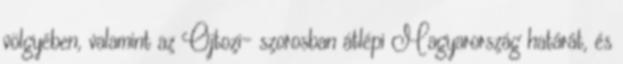
völgyében, valamint az Ojtozi- szorosban átlépi Magyarország határát, és